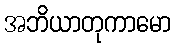
အဘိယာတုကာမော